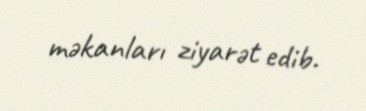
məkanları ziyarət edib.